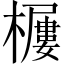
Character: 𱤫